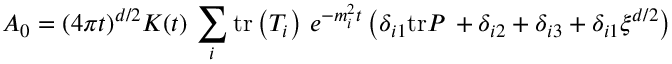
A _ { 0 } = ( 4 \pi t ) ^ { d / 2 } K ( t ) \, \sum _ { i } \mathrm { t r } \left( T _ { i } \right) \, e ^ { - m _ { i } ^ { 2 } t } \left( \delta _ { i 1 } \mathrm { t r } P \, + \delta _ { i 2 } + \delta _ { i 3 } + \delta _ { i 1 } \xi ^ { d / 2 } \right)